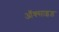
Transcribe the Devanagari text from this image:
ऑक्साइड़